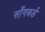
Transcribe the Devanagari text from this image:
साँगबर्ड